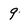
Character: 9